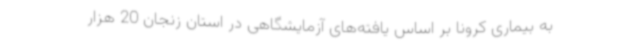
به بیماری کرونا بر اساس یافته‌های آزمایشگاهی در استان زنجان 20 هزار